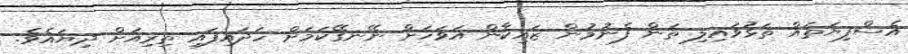
އެސްފިޔަތައް ތަޅުވައިލި ތަން ފެނުމުން ޒައިކާން އަވަހަށް ނޭނގޭކަމަށް ހަދައިފައި ތިރިއަށް ދިޔައެވެ.